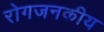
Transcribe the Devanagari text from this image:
रोगजनकीय